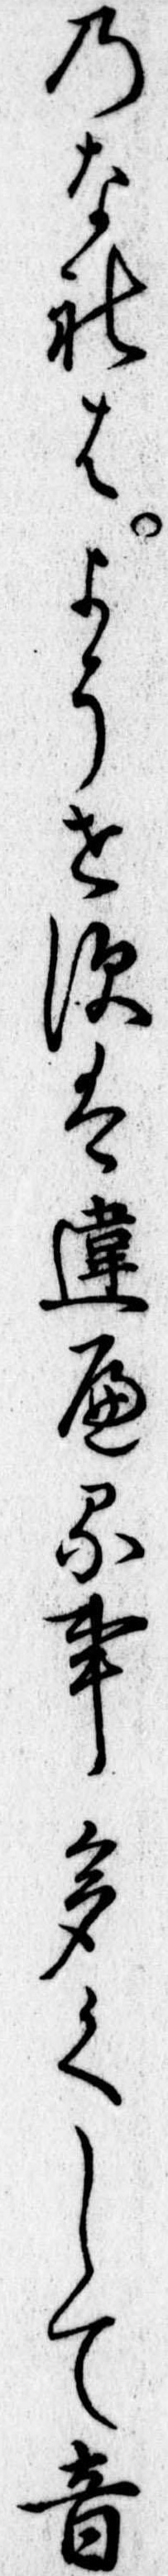
のなれはようせすは違へる事多くして音